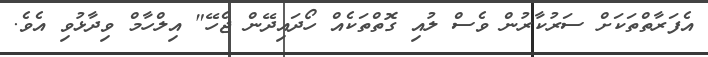
އެފަރާތްތަކަށް ސަރުކާރުން ވެސް ލުއި ގޮތްތަކެއް ހޯދައިދޭން ޖެހޭ" އިލްހާމް ވިދާޅުވި އެވެ.